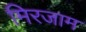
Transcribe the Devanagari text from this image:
मिरजाम